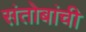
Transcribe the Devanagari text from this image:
संतोबांची